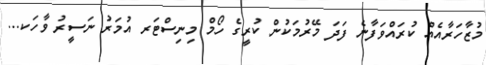
މުޒާހަރާއެއް ކުރައްވަފާނެ ފަދަ މޭރުމަކުން ކުރީގެ ހޯމް މިނިސްޓަރ އުމަރު ނަސީރު ވާހަކ...